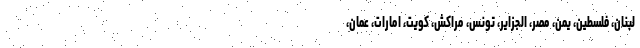
لبنان، فلسطین، یمن، مصر، الجزایر، تونس، مراکش، کویت، امارات، عمان،